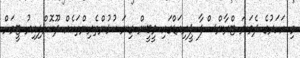
މި އަހަރުގެ ދެވަނަ ޓްރާންސްފާ ޕީރިއަޑްގައި ވީބީން ގިނަ ކުޅުންތެރިންތަކެއް ދޫކޮށްލިއިރު ޓީމަށް